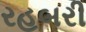
રહબરી